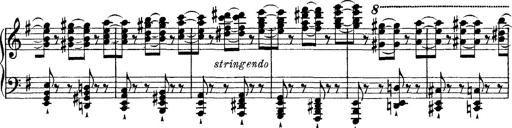
Title: Tarantelle di bravura dâ€™aprÃ¨s la tarantelle de La muette de Portici
Composer: Franz Liszt